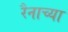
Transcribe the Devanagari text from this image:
रैनाच्या